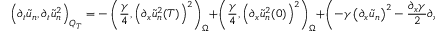
\left( \partial _ { t } \tilde { u } _ { n } , \partial _ { t } \tilde { u } _ { n } ^ { 2 } \right) _ { Q _ { T } } = - \left( \frac { \gamma } { 4 } , \left( \partial _ { x } \tilde { u } _ { n } ^ { 2 } ( T ) \right) ^ { 2 } \right) _ { \Omega } + \left( \frac { \gamma } { 4 } , \left( \partial _ { x } \tilde { u } _ { n } ^ { 2 } ( 0 ) \right) ^ { 2 } \right) _ { \Omega } + \left( - \gamma \left( \partial _ { x } \tilde { u } _ { n } \right) ^ { 2 } - \frac { \partial _ { x } \gamma } { 2 } \partial _ { x } \tilde { u } _ { n } ^ { 2 } + g _ { 0 } \left( \tilde { u } _ { n } - \frac { 1 } { n } \right) , \partial _ { t } \tilde { u } _ { n } ^ { 2 } \right) _ { Q _ { T } }